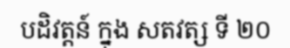
បដិវត្តន៍ ក្នុង សតវត្ស ទី ២០